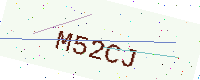
Text: M52CJ